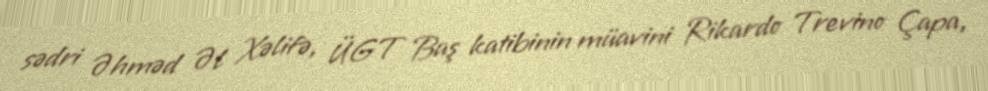
sədri Əhməd Əl Xəlifə, ÜGT Baş katibinin müavini Rikardo Trevino Çapa,